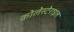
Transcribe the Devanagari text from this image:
कोलेस्टेराइल